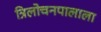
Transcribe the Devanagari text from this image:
त्रिलोचनपालाला